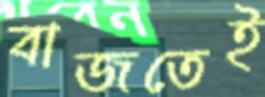
বাজতেই